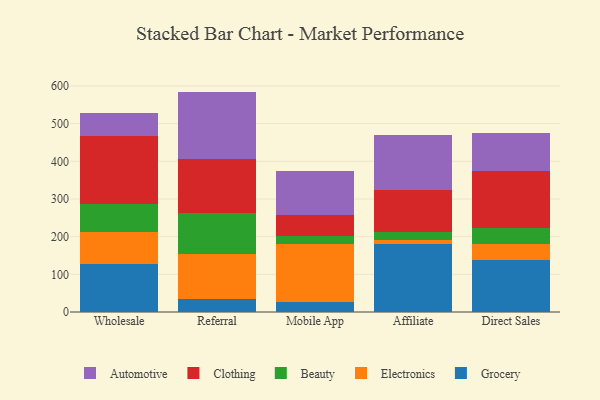
{"axis": {"x": "Channel", "y": "Headcount"}, "legend": ["Automotive", "Beauty", "Clothing", "Electronics", "Grocery"], "data": [{"x": "Wholesale", "y": 127.8, "type": "Grocery"}, {"x": "Wholesale", "y": 84.2, "type": "Electronics"}, {"x": "Wholesale", "y": 75.1, "type": "Beauty"}, {"x": "Wholesale", "y": 179.2, "type": "Clothing"}, {"x": "Wholesale", "y": 62.8, "type": "Automotive"}, {"x": "Referral", "y": 33.7, "type": "Grocery"}, {"x": "Referral", "y": 120.8, "type": "Electronics"}, {"x": "Referral", "y": 108.2, "type": "Beauty"}, {"x": "Referral", "y": 143.4, "type": "Clothing"}, {"x": "Referral", "y": 178.9, "type": "Automotive"}, {"x": "Mobile App", "y": 26.8, "type": "Grocery"}, {"x": "Mobile App", "y": 154.7, "type": "Electronics"}, {"x": "Mobile App", "y": 20.9, "type": "Beauty"}, {"x": "Mobile App", "y": 55.1, "type": "Clothing"}, {"x": "Mobile App", "y": 116.9, "type": "Automotive"}, {"x": "Affiliate", "y": 179.9, "type": "Grocery"}, {"x": "Affiliate", "y": 12.0, "type": "Electronics"}, {"x": "Affiliate", "y": 19.5, "type": "Beauty"}, {"x": "Affiliate", "y": 112.5, "type": "Clothing"}, {"x": "Affiliate", "y": 146.1, "type": "Automotive"}, {"x": "Direct Sales", "y": 137.9, "type": "Grocery"}, {"x": "Direct Sales", "y": 42.5, "type": "Electronics"}, {"x": "Direct Sales", "y": 41.7, "type": "Beauty"}, {"x": "Direct Sales", "y": 151.4, "type": "Clothing"}, {"x": "Direct Sales", "y": 102.9, "type": "Automotive"}]}